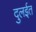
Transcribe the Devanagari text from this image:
दुलईत